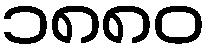
၁၈၈၀